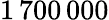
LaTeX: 1\, 700\, 000